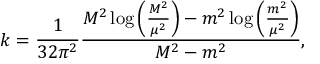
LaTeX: k = \frac { 1 } { 3 2 \pi ^ { 2 } } \frac { M ^ { 2 } \log \left( \frac { M ^ { 2 } } { \mu ^ { 2 } } \right) - m ^ { 2 } \log \left( \frac { m ^ { 2 } } { \mu ^ { 2 } } \right) } { M ^ { 2 } - m ^ { 2 } } ,